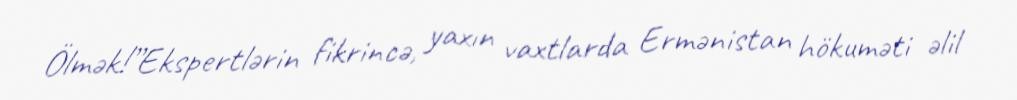
Ölmək!”Ekspertlərin fikrincə, yaxın vaxtlarda Ermənistan hökuməti əlil